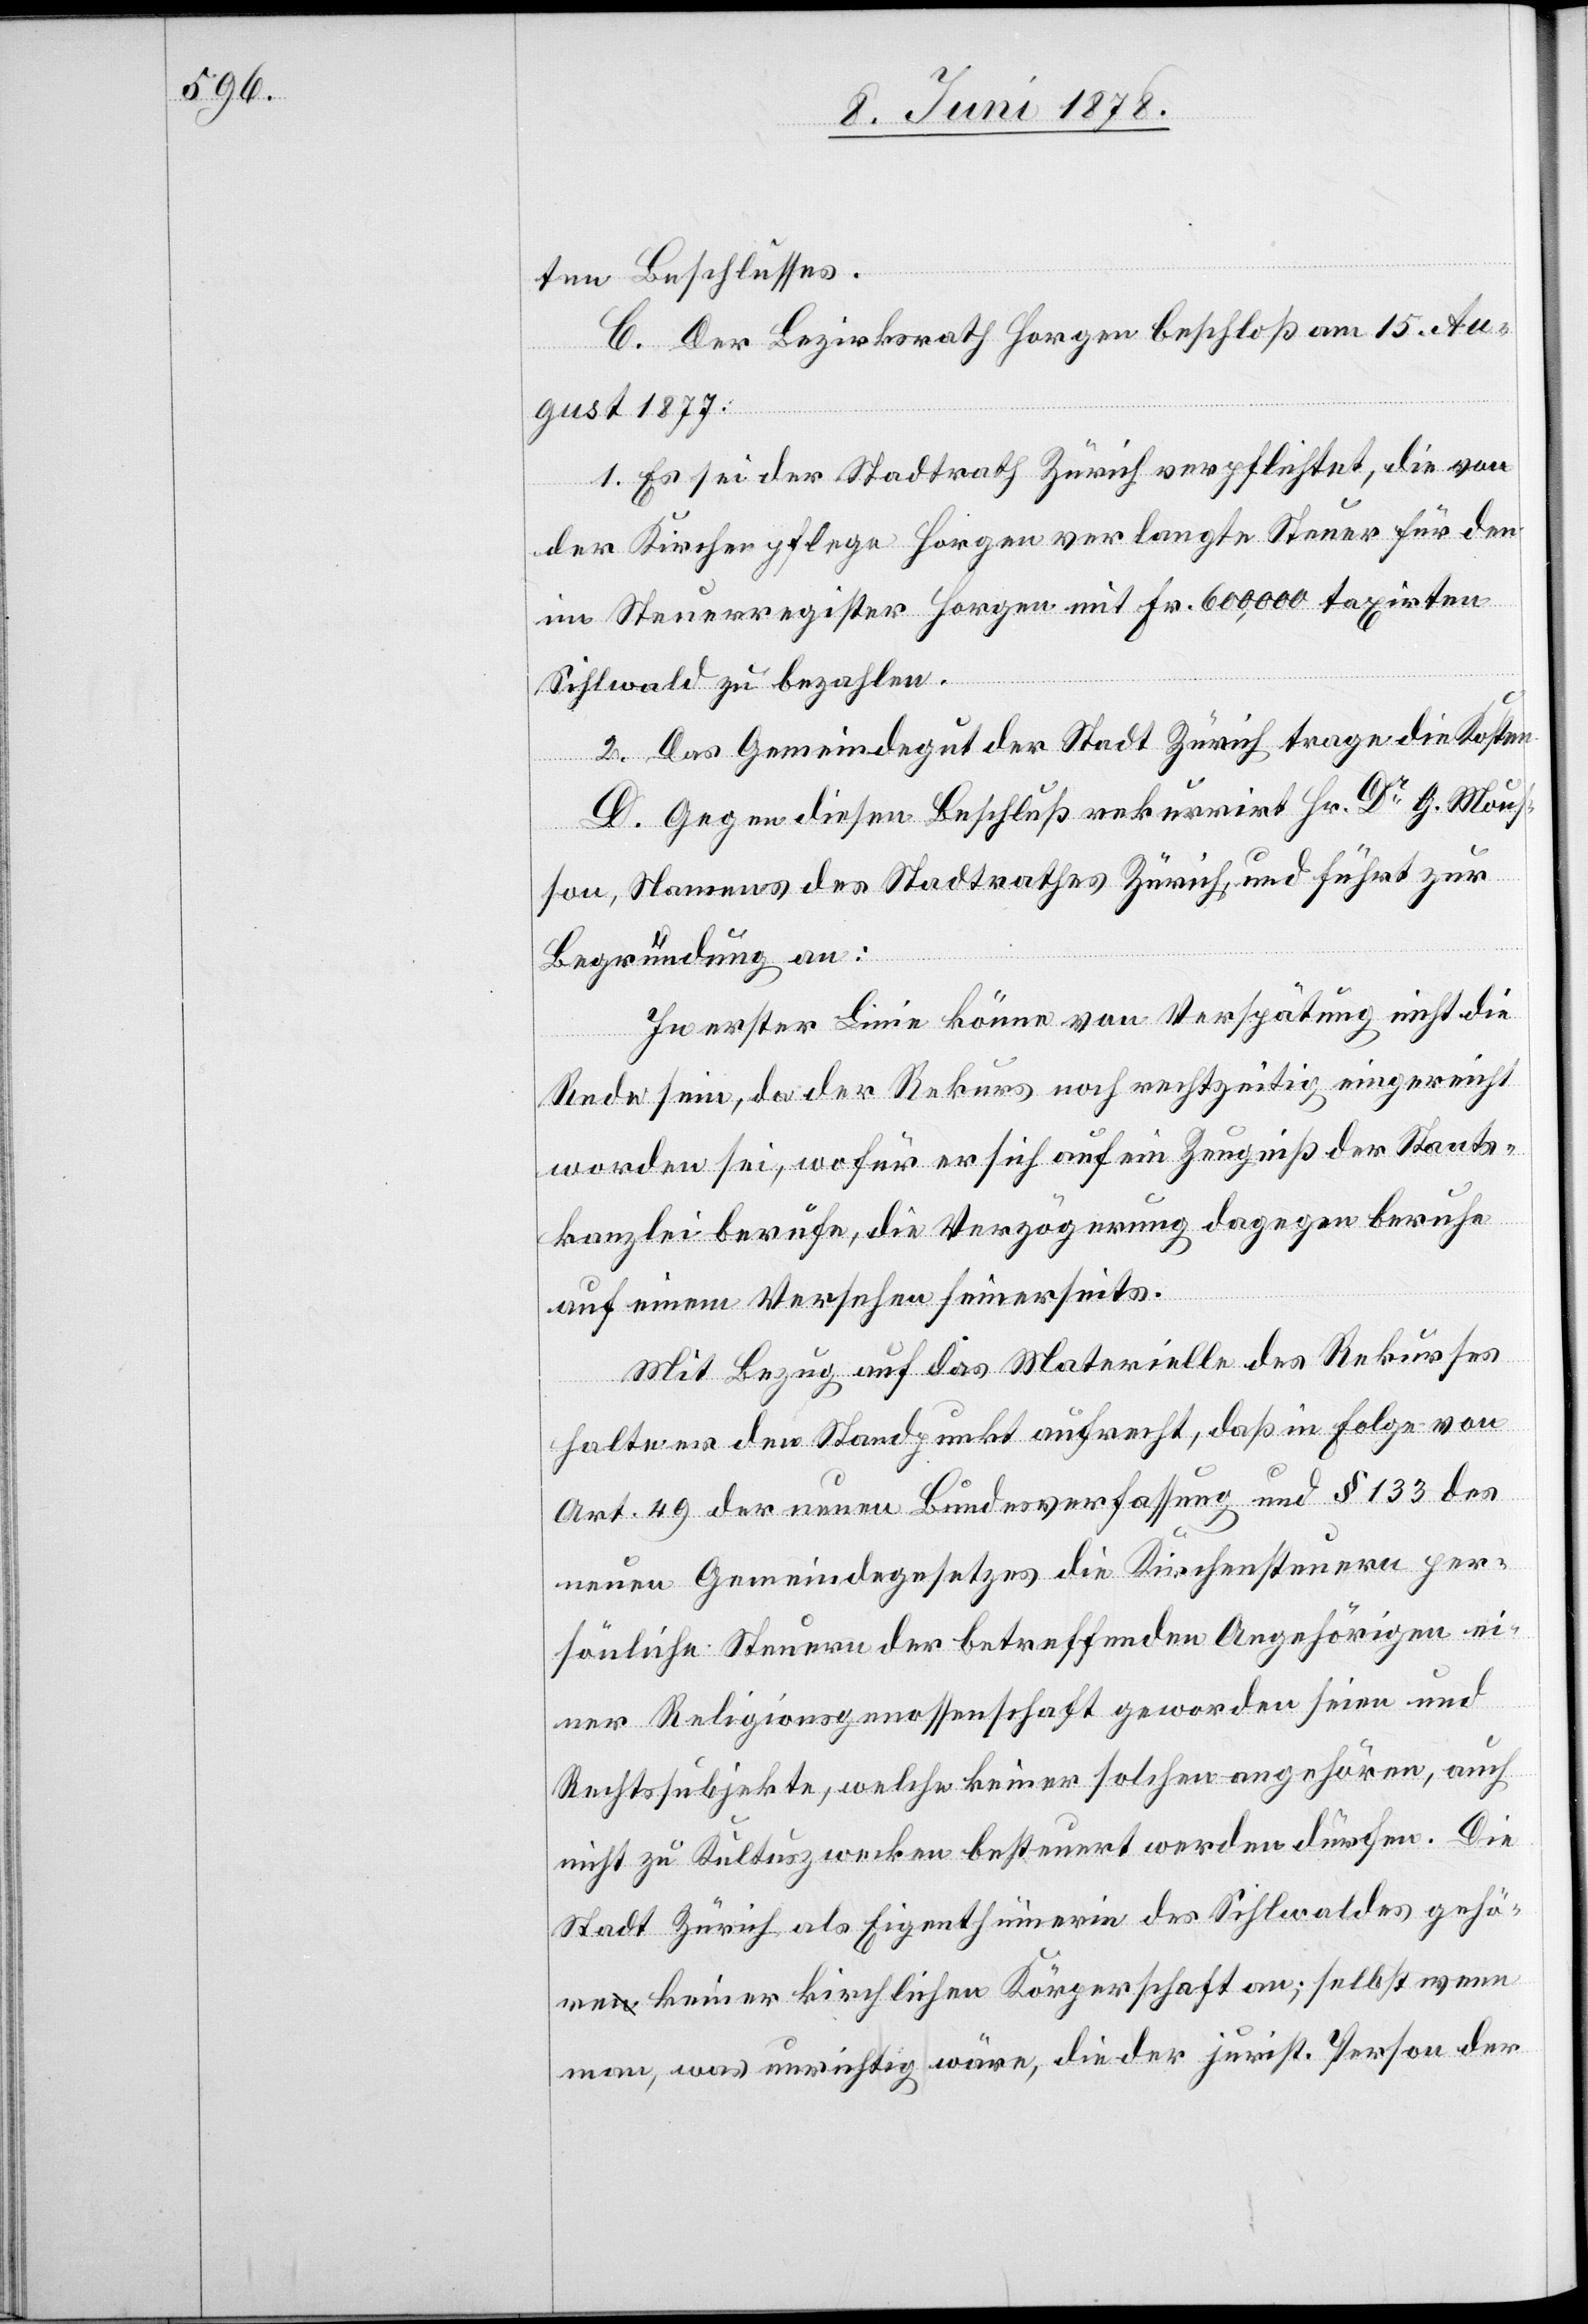
ten Beschlusses.
C. Der Bezirksrath Horgen beschloß am 15. Au¬
gust 1877:
1. Es sei der Stadtrath Zürich verpflichtet, die von
der Kirchenpflege Horgen verlangte Steuer für den
im Steuerregister Horgen mit Fr. 600,000 taxirten
Sihlwald zu bezahlen.
2. Das Gemeindegut der Stadt Zürich trage die Kosten.
D. Gegen diesen Beschluß rekurrirt Hr. Dr G. Mous¬
son, Namens des Stadtrathes Zürich, und führt zur
Begründung an:
In erster Linie könne von Verspätung nicht die
Rede sein, da der Rekurs noch rechtzeitig eingereicht
worden sei, wofür er sich auf ein Zeugniß der Staats¬
kanzlei berufe, die Verzögerung dagegen beruhe
auf einem Versehen seinerseits.
Mit Bezug auf das Materielle des Rekurses
halte er den Standpunkt aufrecht, daß in Folge von
Art. 49 der neuen Bundesverfassung und § 133 des
neuen Gemeindegesetzes die Kirchensteuern per¬
sönliche Steuern der betreffenden Angehörigen ei¬
ner Religionsgenossenschaft geworden seien und
Rechtssubjekte, welche keiner solchen angehören, auch
nicht zu Kultuszwecken besteuert werden dürfen. Die
Stadt Zürich als Eigenthümerin des Sihlwaldes gehö¬
re keiner kirchlichen Körperschaft an; selbst wenn
man, was unrichtig wäre, die der jurist. Person der